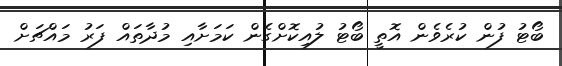
ބޯޓު ފުން ކުރެވެން އޮތީ ބޯޓު ލުއިކޮށްގެން ކަމަށާއި މުދާތައް ފަރު މައްޗަށް